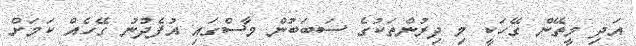
އަދި މީތޭން ގޭހަކީ މި ދިރުންތަކުގެ ސަބަބުން މާސްގައި އުފެދުނު ގޭހެއް ކަމަށް